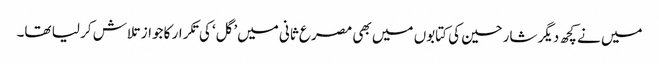
میں نے کچھ دیگر شارحین کی کتابوں میں بھی مصرع ثانی میں’گل‘ کی تکرار کا جواز تلاش کر لیا تھا۔